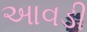
આવડી